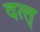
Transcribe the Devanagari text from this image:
दत्त्